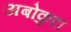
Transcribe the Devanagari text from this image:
अबोकुटा